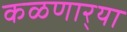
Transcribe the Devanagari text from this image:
कळणार्‍या